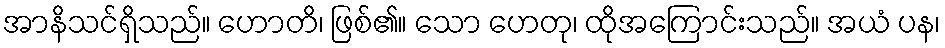
အာနိသင်ရှိသည်။ ဟောတိ၊ ဖြစ်၏။ သော ဟေတု၊ ထိုအကြောင်းသည်။ အယံ ပန၊